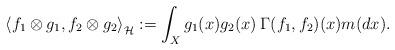
LaTeX: \begin{align*}\left\langle f_1\otimes g_1, f_2\otimes g_2\right\rangle_{\mathcal{H}}:=\int_X g_1(x)g_2(x)\:\Gamma(f_1, f_2)(x)m(dx).\end{align*}